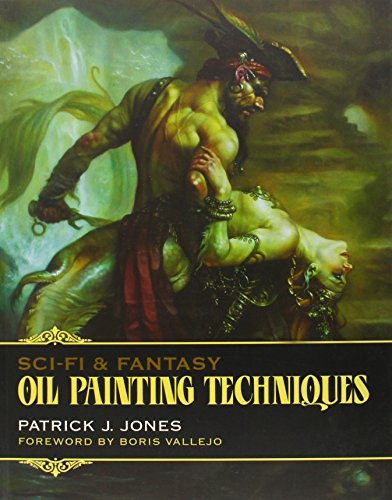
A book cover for Sci-Fi & Fantasy Oil Painting Techniques; Patrick J. Jones; Arts & Photography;